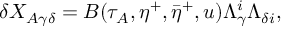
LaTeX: \delta { X _ { A \gamma \delta } } = { \cal { B } } ( \tau _ { A } , \eta ^ { + } , { \bar { \eta } } ^ { + } , u ) \Lambda _ { \gamma } ^ { i } \Lambda _ { \delta { i } } ,